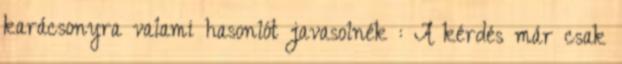
karácsonyra valami hasonlót javasolnék : A kérdés már csak